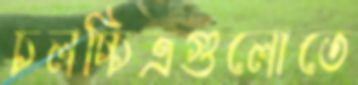
চলচ্চিত্রগুলোতে